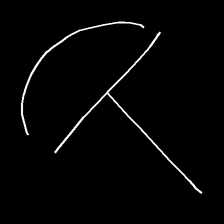
Glyph: dispersion